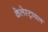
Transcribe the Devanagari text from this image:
केलेस्ट्रायल